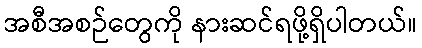
အစီအစဉ်တွေကို နားဆင်ရဖို့ရှိပါတယ်။